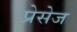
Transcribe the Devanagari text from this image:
प्रेसेज